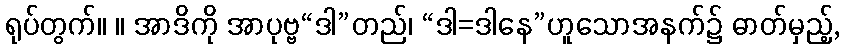
ရုပ်တွက်။ ။ အာဒိကို အာပုဗ္ဗ“ဒါ”တည်၊ “ဒါ=ဒါနေ”ဟူသောအနက်၌ ဓာတ်မှည့်,